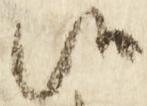
候